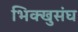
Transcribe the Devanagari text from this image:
भिक्खुसंघ